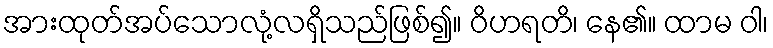
အားထုတ်အပ်သောလုံ့လရှိသည်ဖြစ်၍။ ဝိဟရတိ၊ နေ၏။ ထာမ ဝါ၊